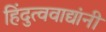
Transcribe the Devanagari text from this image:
हिंदुत्ववाद्यांनी